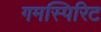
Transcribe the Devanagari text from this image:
गमस्पिरिट